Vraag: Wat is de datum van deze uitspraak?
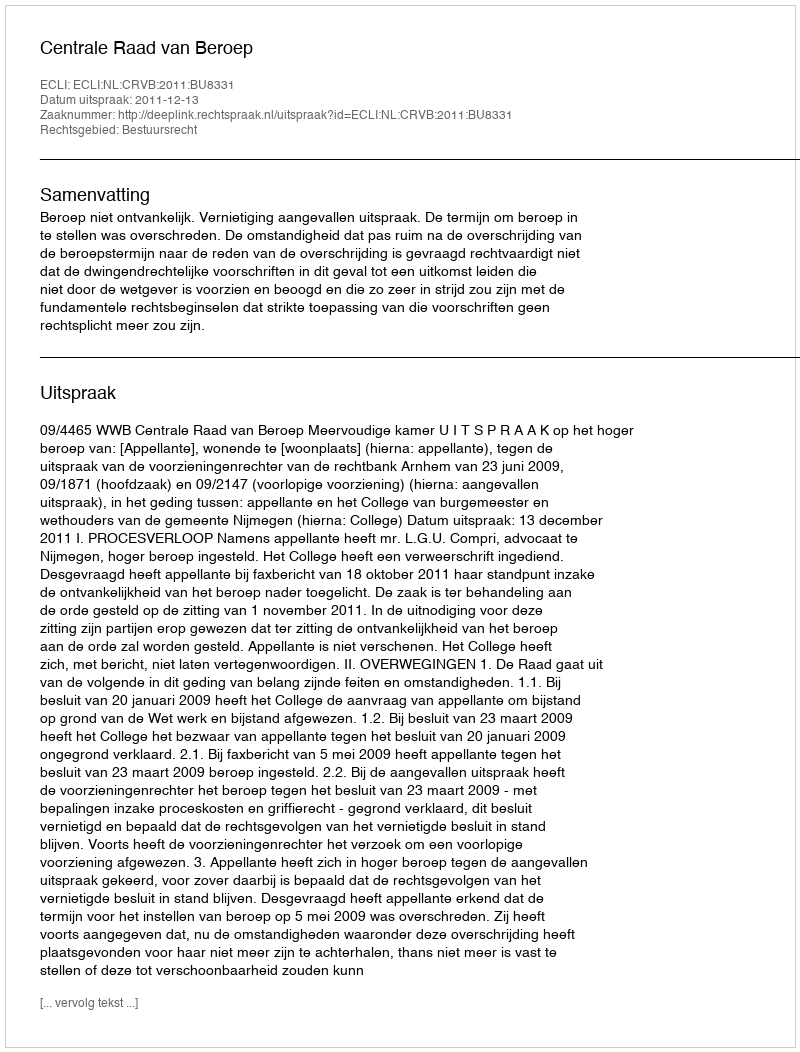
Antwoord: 2011-12-13